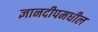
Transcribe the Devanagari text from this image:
ज्ञानदीपमधील